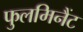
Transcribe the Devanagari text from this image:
फुलमिनैंट